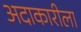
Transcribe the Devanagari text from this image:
अदाकारीला